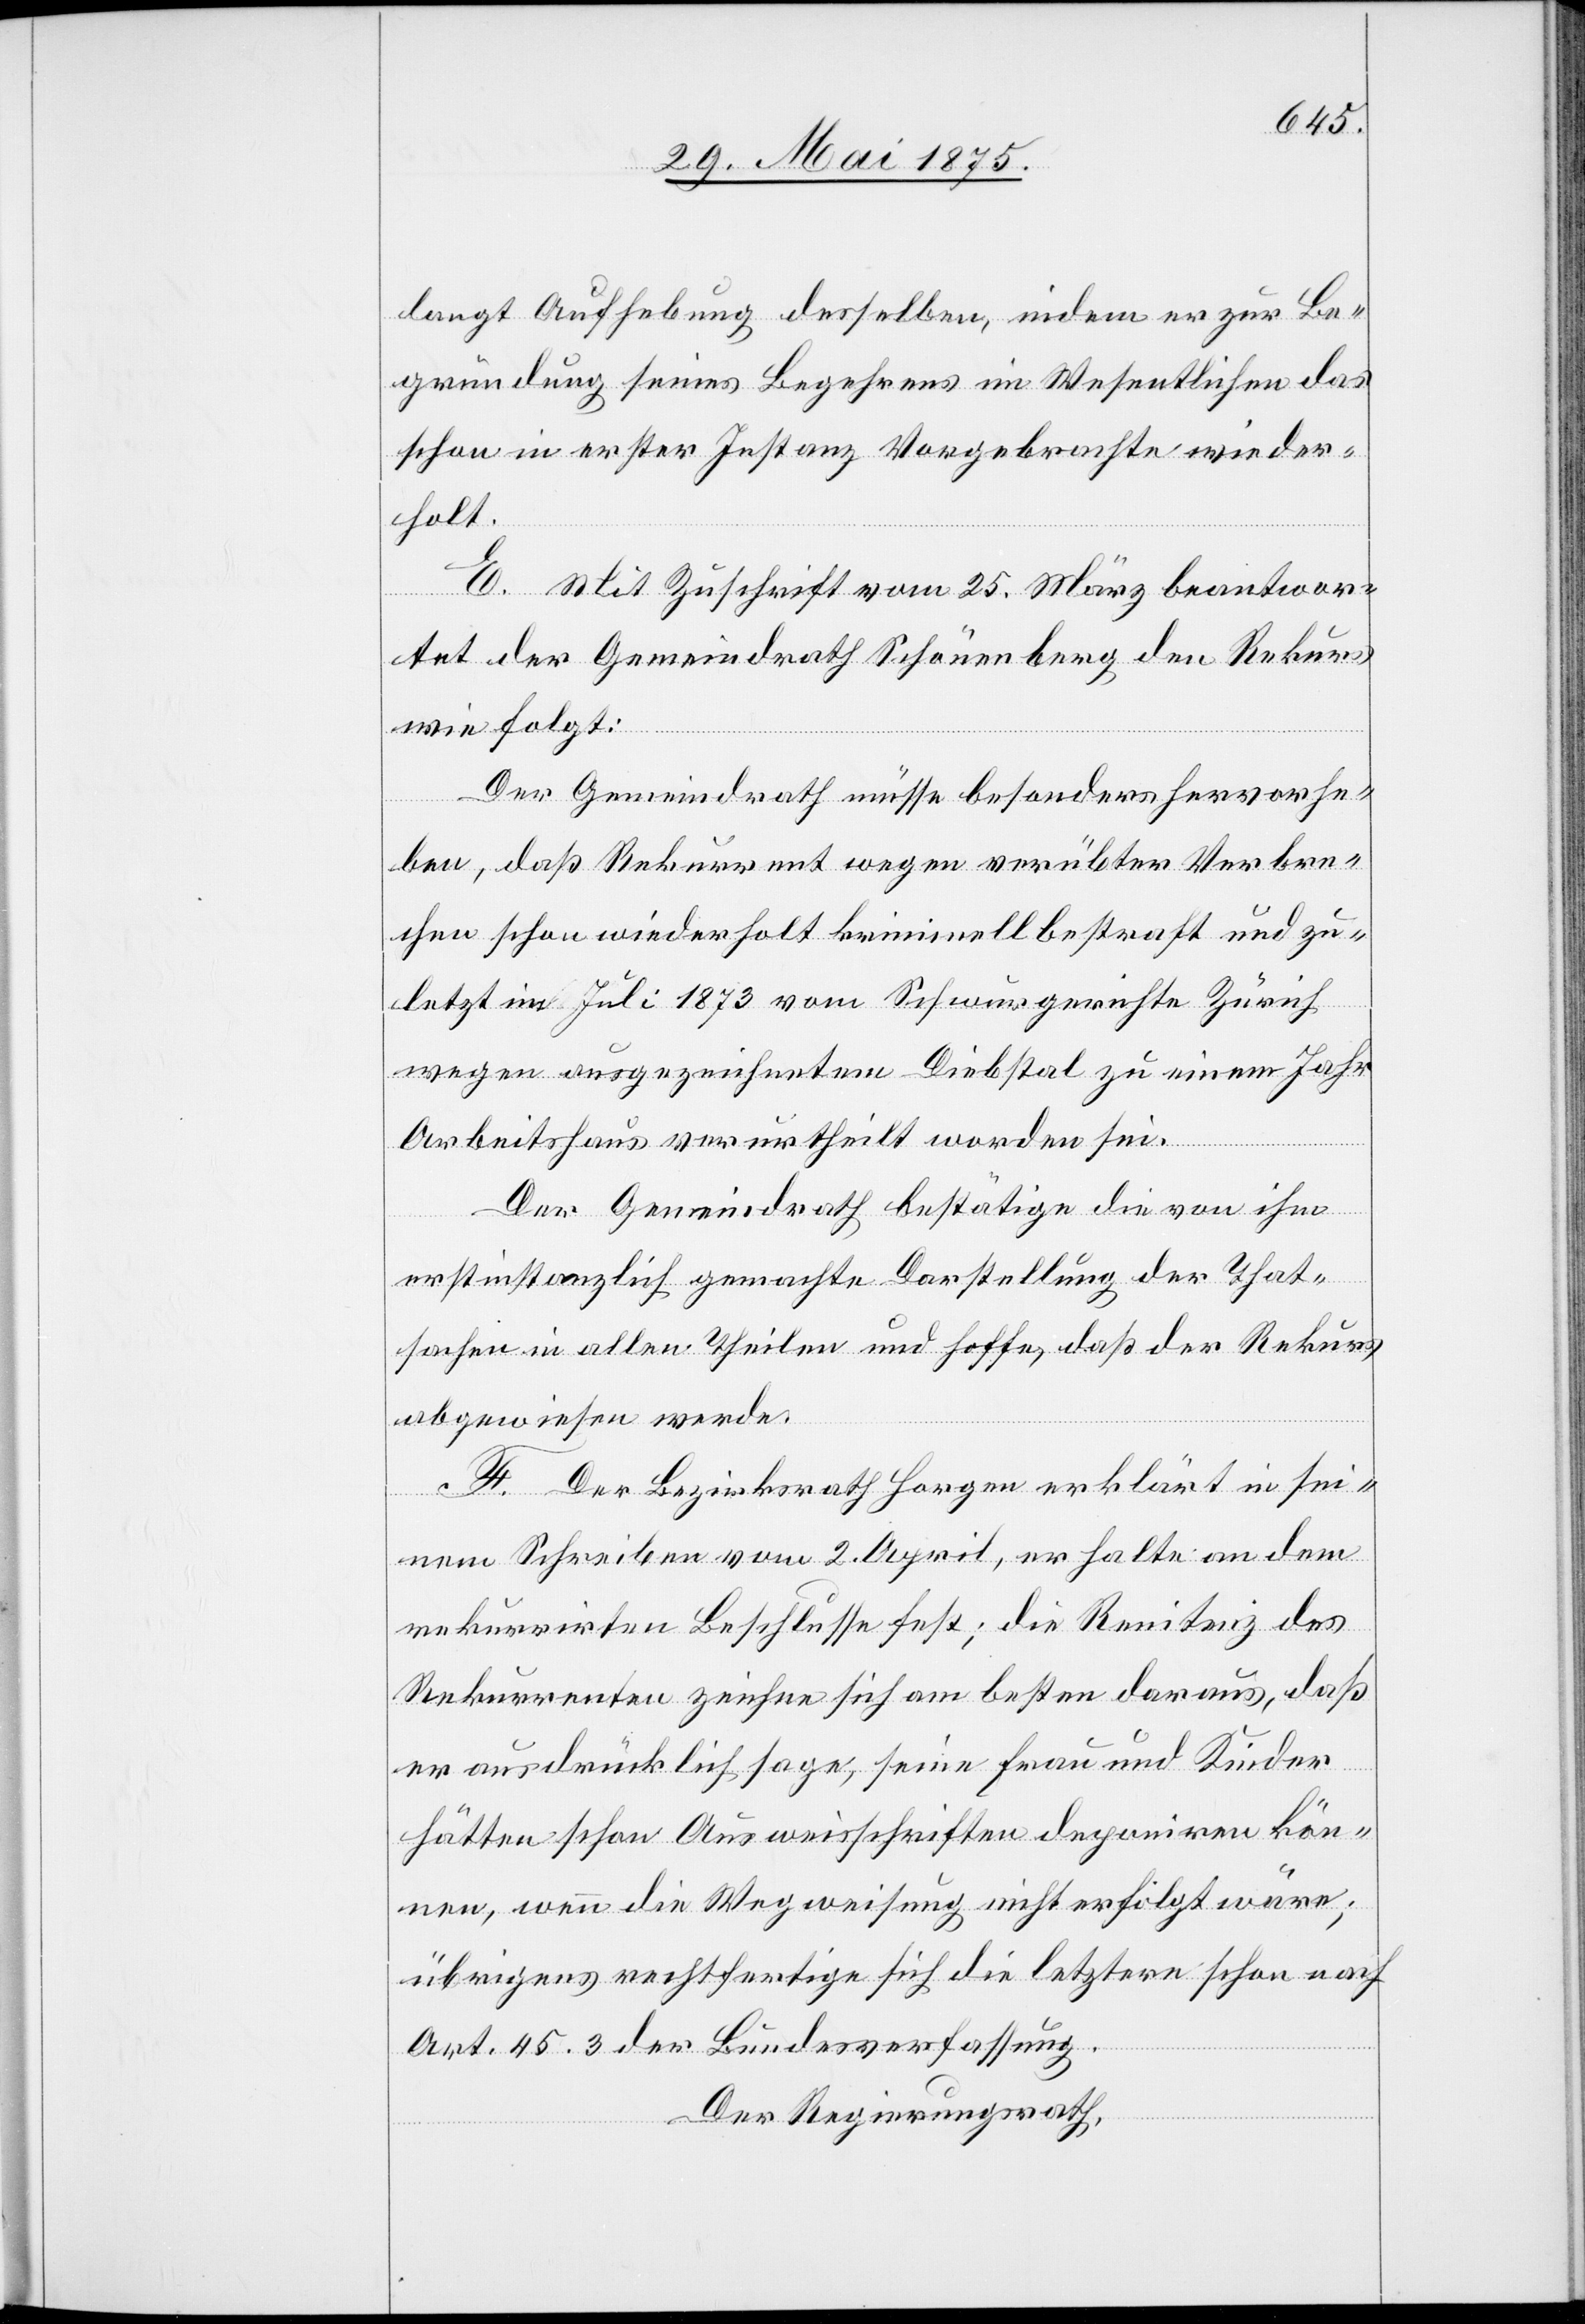
langt Aufhebung desselben, indem er zur Be¬
gründung seines Begehrens im Wesentlichen das
schon in erster Instanz Vorgebrachte wieder¬
holt.
E. Mit Zuschrift vom 25. März beantwor¬
tet der Gemeindrath Schönenberg den Rekurs
wie folgt:
Der Gemeindrath müsse besonders hervorhe¬
ben, daß Rekurrent wegen verübter Verbre¬
chen schon wiederholt kriminell bestraft und zu¬
letzt im Juli 1873 vom Schwurgerichte Zürich
wegen ausgezeichnetem Diebstal zu einem Jahr
Arbeitshaus verurtheilt worden sei.
Der Gemeindrath bestätige die von ihm
ver¬
erstinstanzlich gemachte Darstellung der That¬
sachen in allen Theilen und hoffe, daß der Rekurs
abgewiesen werde.
F. Der Bezirksrath Horgen erklärt in sei¬
nem Schreiben vom 2. April, er halte an dem
rekurrirten Beschlusse fest; die Renitenz des
Rekurrenten zeichne sich besten daraus, daß
er ausdrücklich sage, seine Frau und Kinder
hätten schon Ausweisschriften deponiren kön¬
nen, wenn die Wegweisung nicht erfolgt wäre;
übrigens rechtfertige sich die letztere schon nach
Art. 45.3 der Bundesverfassung.
Der Regierungsrath,